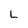
Character: L